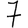
Digit: 7